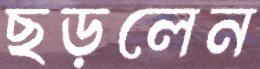
ছড়লেন